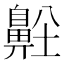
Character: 𪖜